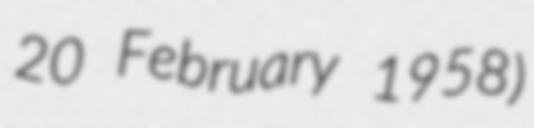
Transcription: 20 February 1958)